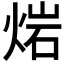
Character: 𤊤